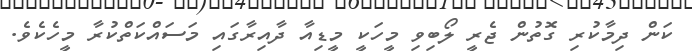
ކަން ދިމާކުރި ގޮތުން ޖެރީ ލޯބިވި މީހަކީ މީޑިއާ ދާއިރާގައި މަސައްކަތްކުރާ މީހެކެވެ.